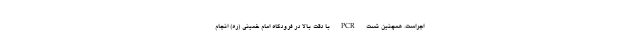
اجراست. همچنین تست PCR با دقت بالا در فرودگاه امام خمینی (ره) انجام